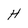
Character: H